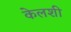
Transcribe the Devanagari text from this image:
केलशी